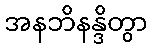
အနဘိနန္ဒိတွာ